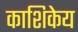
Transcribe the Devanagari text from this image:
काशिकेय